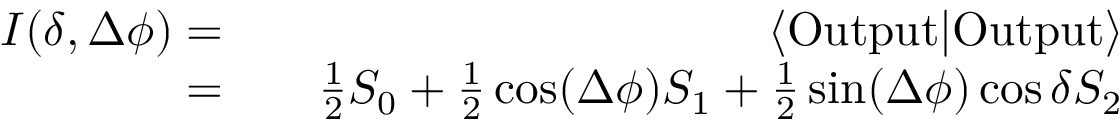
\begin{array} { r l r } { I ( \delta , \Delta \phi ) = } & { { } } & { \langle \mathrm { O u t p u t } | \mathrm { O u t p u t } \rangle } \\ { = } & { { } } & { \frac { 1 } { 2 } S _ { 0 } + \frac { 1 } { 2 } \cos ( \Delta \phi ) S _ { 1 } + \frac { 1 } { 2 } \sin ( \Delta \phi ) \cos \delta S _ { 2 } } \end{array}